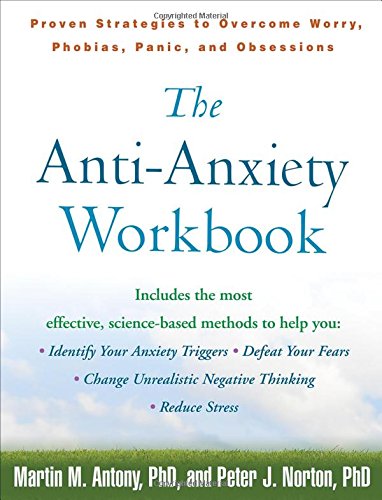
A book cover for The Anti-Anxiety Workbook: Proven Strategies to Overcome Worry, Phobias, Panic, and Obsessions (Guilford Self-Help Workbook); Martin M. Antony; Self-Help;